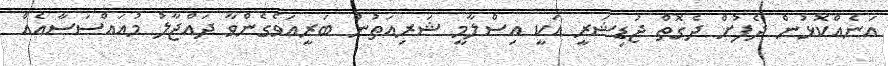
އަނެއްކޮޅުން ދެފުށް ދެގޮތް ޖުޑިޝަރީ އަކީ އިސްލާމީ ޝަރިއަތުން ބަރީއަވެގެންވާ ދައްޖާލު މުއައްސަސާއެއް